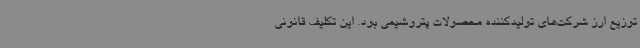
توزیع ارز شرکت‌های تولیدکننده محصولات پتروشیمی بود. این تکلیف قانونی